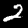
Label: 2